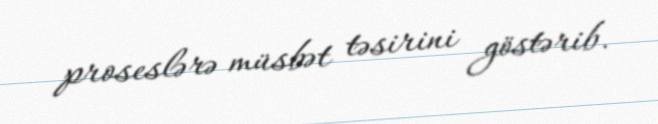
proseslərə müsbət təsirini göstərib.